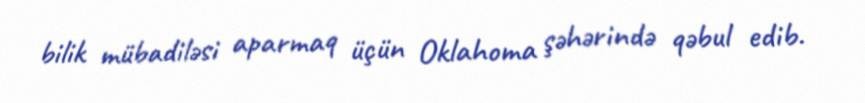
bilik mübadiləsi aparmaq üçün Oklahoma şəhərində qəbul edib.